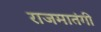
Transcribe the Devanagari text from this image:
राजमातंगी